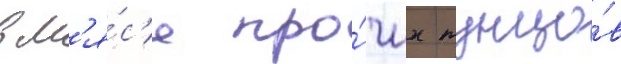
в м'я́с'е про́чих тунцо́в